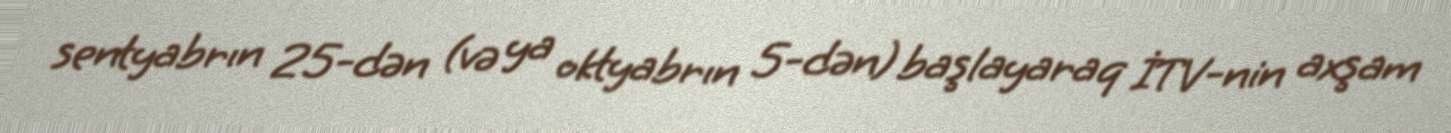
sentyabrın 25-dən (və ya oktyabrın 5-dən) başlayaraq İTV-nin axşam